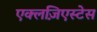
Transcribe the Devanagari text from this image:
एक्लज़िएस्टेस